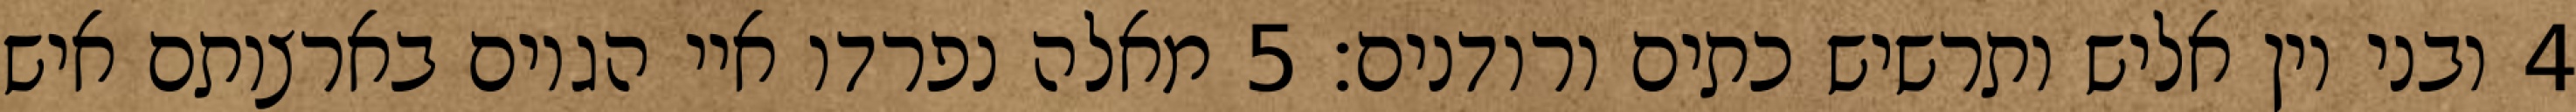
‎4‏ ובני יון אליש ותרשיש כתים ורודנים׃ ‎5‏ מאלה נפרדו איי הגוים בארצותם איש